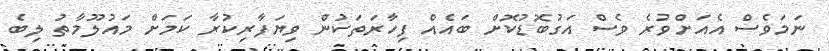
ނަމަވެސް އެއަށްވުރެ ވެސް އަގުބޮޑުކޮށް ބައެއް ފިހާރަތަކުން ވިޔަފާރިކުރާ ކަމަށް މައުލޫމާތު ލިބެ